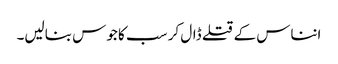
انناس کے قتلے ڈال کر سب کا جوس بنالیں۔